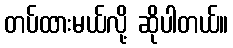
တပ်ထားမယ်လို့ ဆိုပါတယ်။